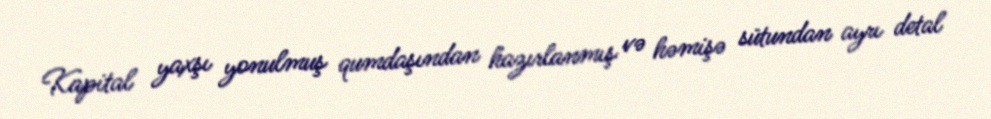
Kapital yaxşı yonulmuş qumdaşından hazırlanmış və həmişə sütundan ayrı detal